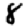
Digit: 8